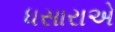
ધસારાએ